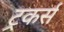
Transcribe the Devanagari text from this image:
ट्रकर्स